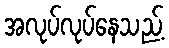
အလုပ်လုပ်နေသည့်